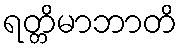
ရတ္တိမာဘာတိ